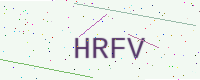
Text: HRFV